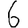
Digit: 6